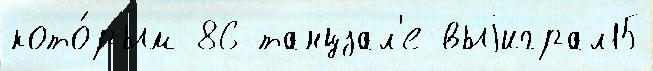
кото́рым 86 танцзал'е выjиграл15